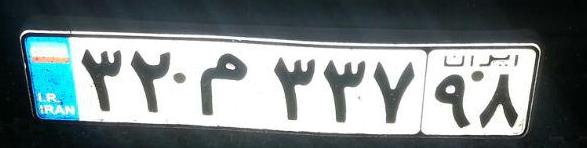
۳۲م۳۳۷۹۸